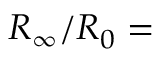
R _ { \infty } / R _ { 0 } =